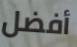
أفضل